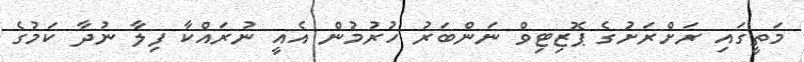
މަތީގައި ރަށްރަށުގެ ޕޮޒިޓިވް ނަންބަރު ހުރުމުން އެއީ ނުރައްކާ ފިލާ ނުދާ ކަމުގެ